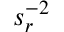
s _ { r } ^ { - 2 }